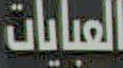
العبايات